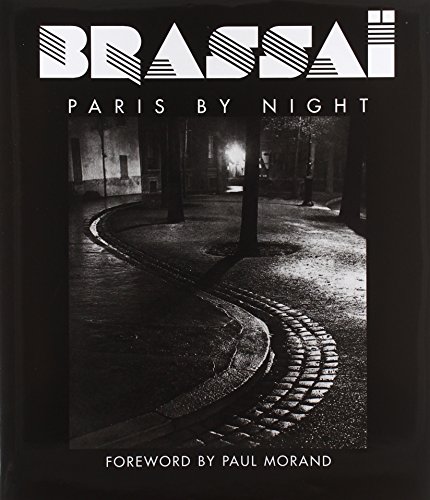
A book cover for Brassai: Paris by Night; Brassai; Arts & Photography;